Trukikaitis_Postimees, lk 8
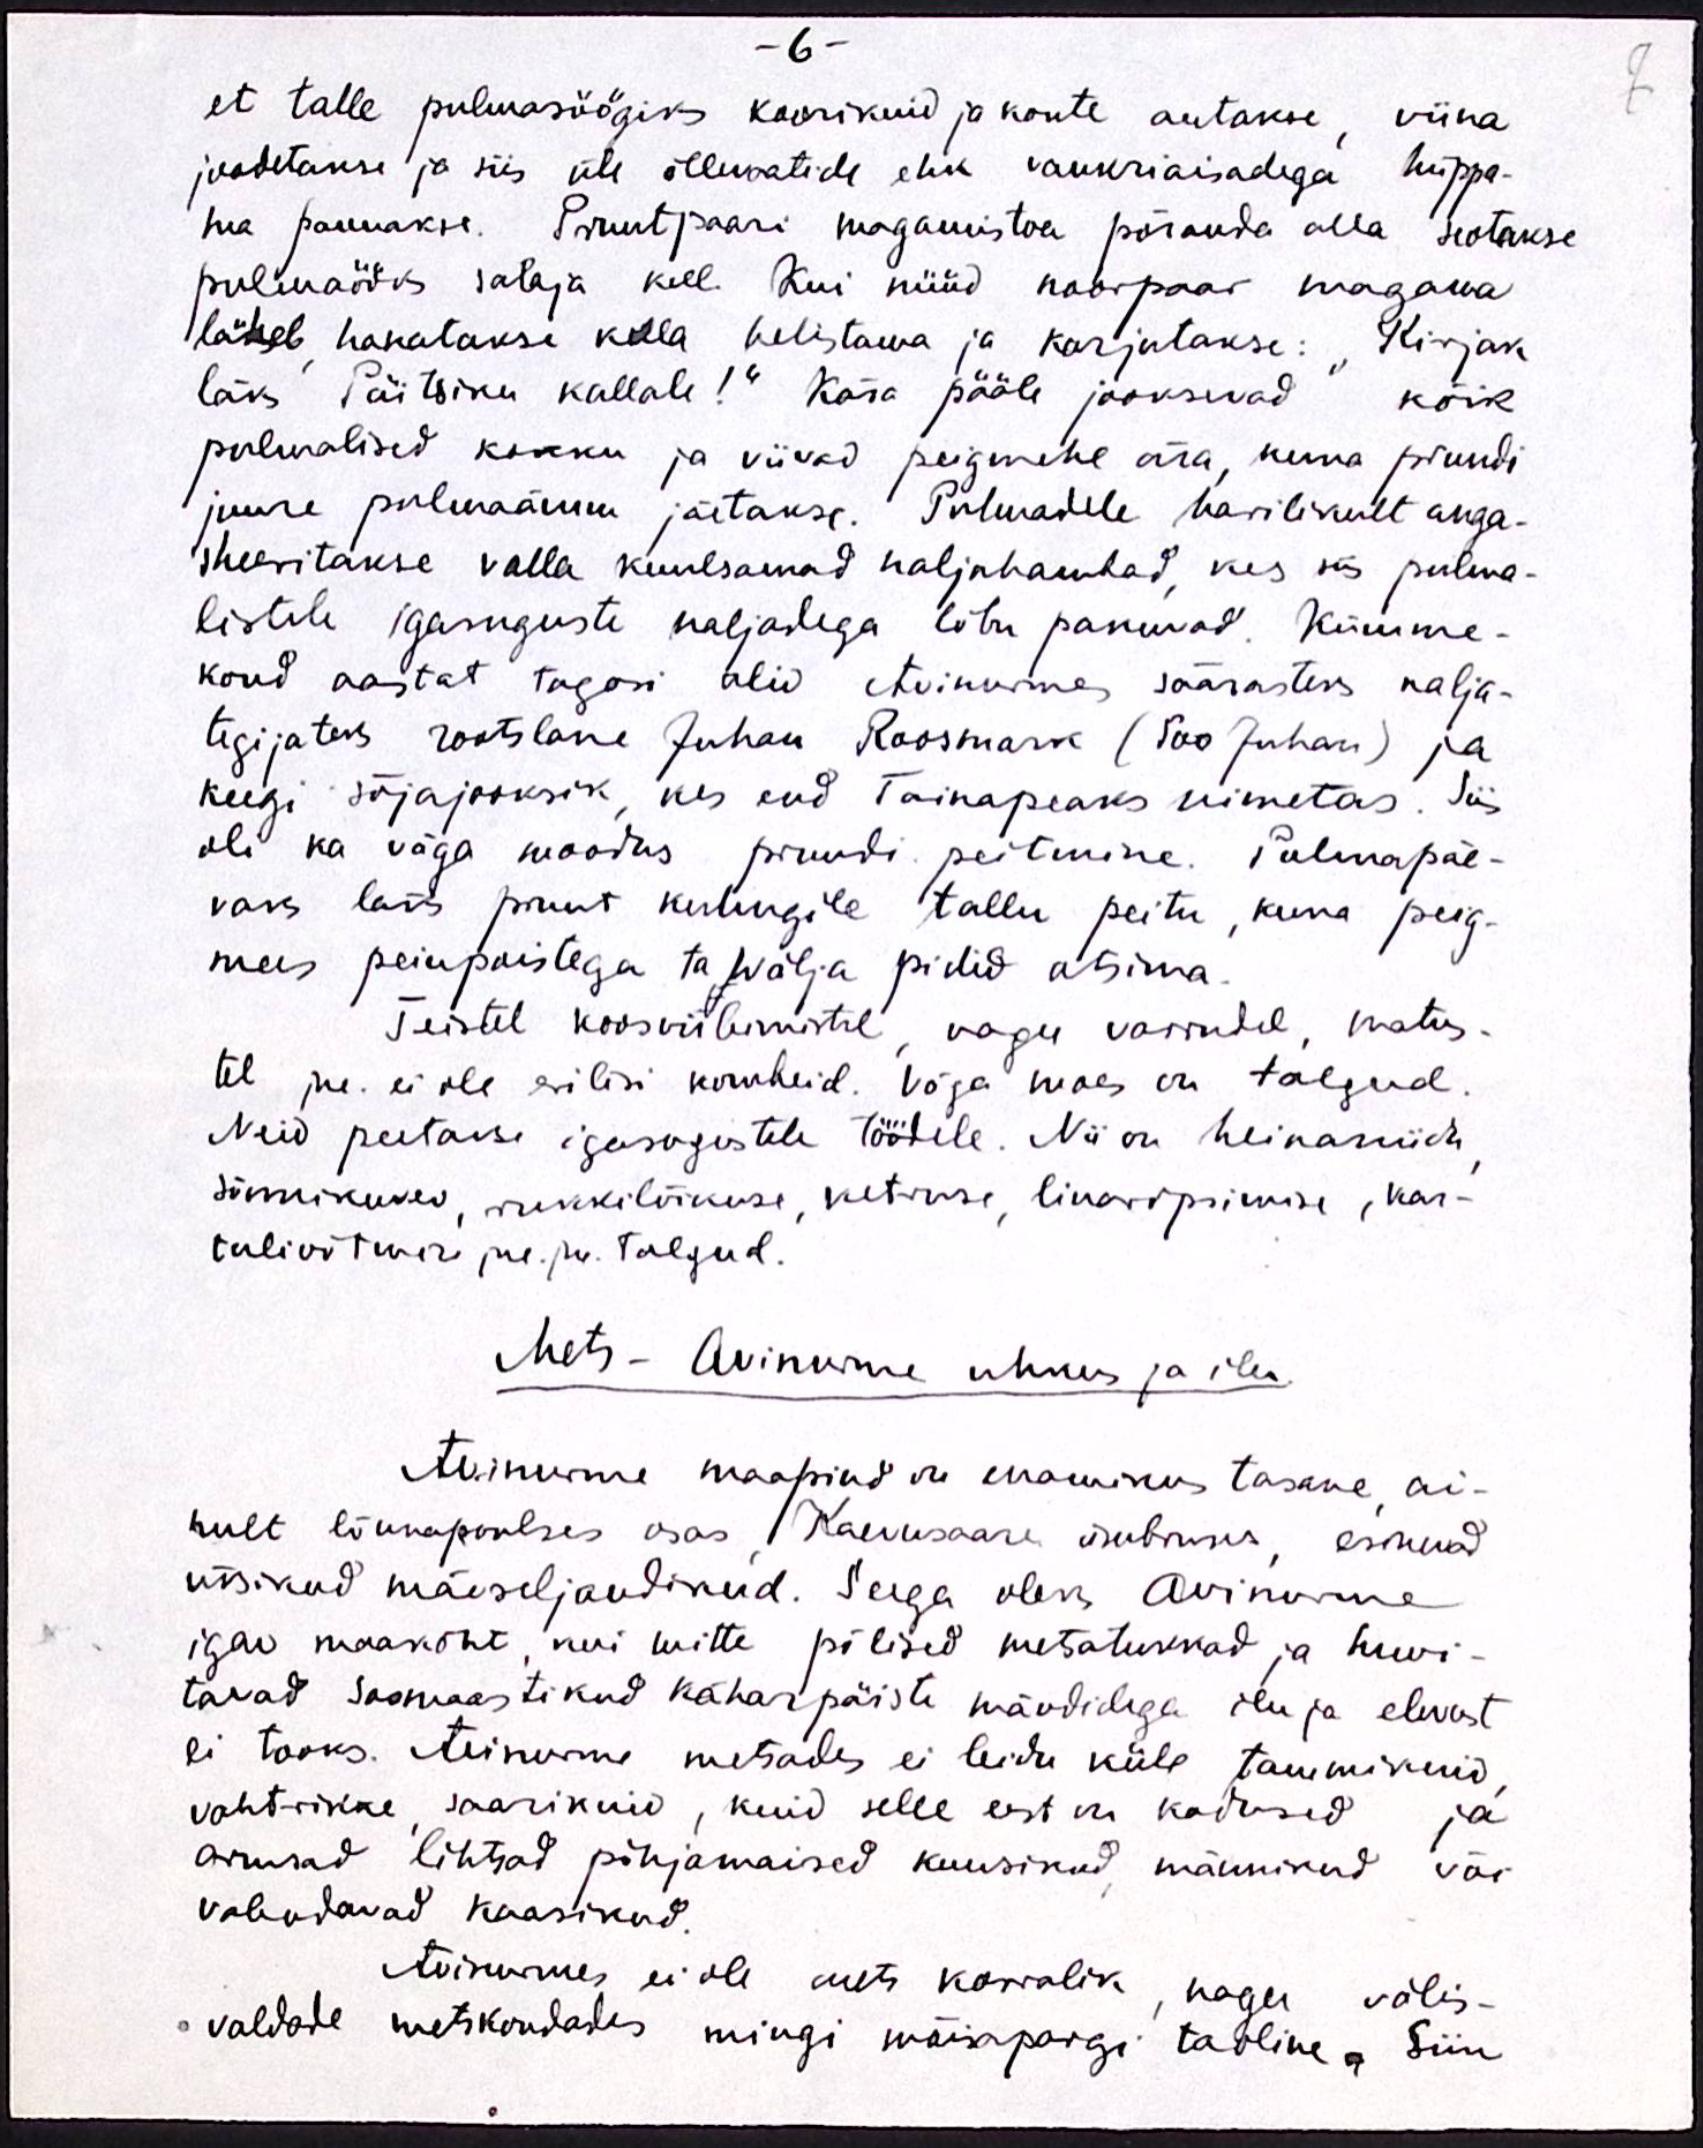
et talle pulmasöögiks koorikuid ja konte antakse, viina
joodetakse ja siis üle õllevatide ehk vankriaisadega hüppa-
ma pannakse. Pruutpaari magamistoa põranda alla seotakse
pulmanöör salaja kell. Kui nüüd noorpaar magama
läheb hakatakse kella helistama ja karjutakse: "Kirjak
läks Päitsiku kallale!" Kära pääle jooksevad kõik
pulmalised kokku ja viivad peigmehe ära, kuna pruudi
juure pulmaämm jäetakse. Pulmadele harilikult anga-
sheeritakse valla kuulsamad naljahambad, kes siis pulma-
listele igasuguste naljadega lõbu pakuvad. Kümme-
kond aastat tagasi olid Avinurmes säärasteks nalja-
tegijateks rootslane Juhan Roosmark (Soo Juhani) ja
keegi sõjajooksik, kes end Tainapeaks nimetas. Siis
oli ka väga moodus pruudi peitmine. Pulmapäe-
vaks läks pruut kuhugile tallu peitu, kuna peig-
mees peiupoistega ta wälja pidid otsima.
Teistel koosviibimistel, nagu varrudel, matus-
tel jne. ei ole erilisi kombeid. Sõja vaes on talgud
Neid peetakse igasugustele töötele. Nii on heinaniidu
sõnnikuveo, rukkilõikuse, ketruse, linavarpimise, kar-
tulivõtme jne. jm. talgud.
Mets - Avinurme uhkus ja ilu
Avinurme maapind on enamikus tasane ai-
nult lõunapoolses osas Kaevusaare ümbruses, esinevad
üksikud mäeseljandikud. Seega oleks Avinurme
igav maakoht, kui mitte põlised metsatukkad ja huvi-
tavad Soomaastikud käharpäiste mändidega ilu ja elevust
ei tooks. Avinurme metsades ei leidu küll tammikuid
vahtrikke, saarikuid, kuid selle eest on kodused ja
armsad lihtsad põhjamaised kuusikud männikud või
vabandavad kaasikud.
Avinurmes ei ole mets korralik, nagu välis-
valdade metskondades mingi mõisapargi taoline. Siin